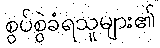
စွပ်စွဲခံရသူများ၏